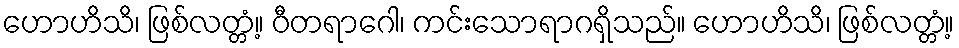
ဟောဟိသိ၊ ဖြစ်လတ္တံ့။ ဝီတရာဂေါ၊ ကင်းသောရာဂရှိသည်။ ဟောဟိသိ၊ ဖြစ်လတ္တံ့။